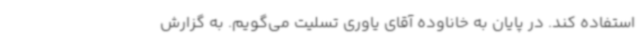
استفاده کند. در پایان به خاناوده آقای یاوری تسلیت می‌گویم. به گزارش